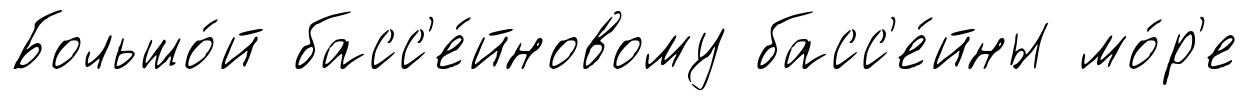
Большо́й басс'е́йновому басс'е́йны мо́р'е